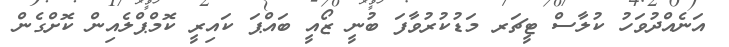
އަނެއްދުވަހު ކުލާސް ޓީޗަރ މަޑުކުރުވާފަ ބުނީ ޒޯއީ ބައްޕަ ކައިރީ ކޮމްޕްލެއިން ކޮށްގެން